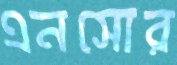
এনসোর